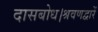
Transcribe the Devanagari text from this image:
दासबोध।श्रवणद्वारें